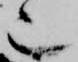
也